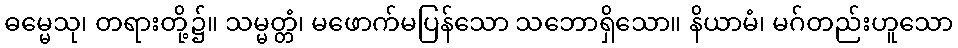
ဓမ္မေသု၊ တရားတို့၌။ သမ္မတ္တံ၊ မဖောက်မပြန်သော သဘောရှိသော။ နိယာမံ၊ မဂ်တည်းဟူသော